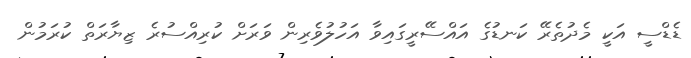
ޑެޑްސީ އަކީ މެދުތެރޭ ކަނޑުގެ އައްސޭރީގައިވާ އަހުލުވެރިން ވަރަށް ކުރިއްސުރެ ޒިޔާރަތް ކުރަމުން